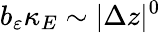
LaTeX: b_{\varepsilon}\kappa_{E}\sim\vert\Delta z\vert^{0}